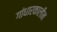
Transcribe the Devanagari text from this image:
गांधारकालीन